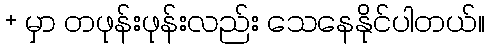
+ မှာ တဖုန်းဖုန်းလည်း သေနေနိုင်ပါတယ်။